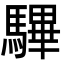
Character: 驆